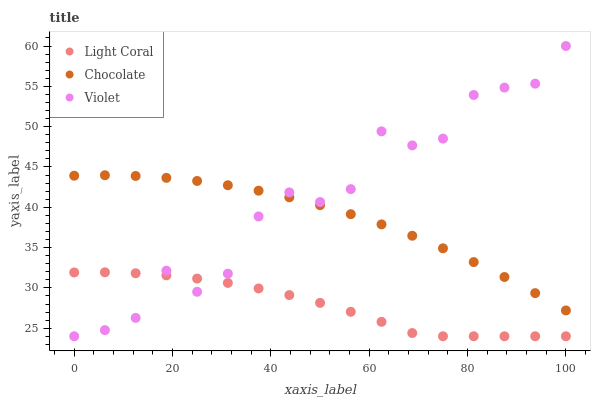
| xaxis_label | Light Coral | Chocolate | Violet |
 | --- | --- | --- | --- |
 | 0 | 31.9 | 43.9 | 24 |
 | 6.25 | 31.9 | 44 | 24.8 |
 | 12.5 | 31.8 | 43.9 | 26.3 |
 | 18.8 | 31.6 | 43.6 | 32.1 |
 | 25 | 31.2 | 43.3 | 29.5 |
 | 31.2 | 30.6 | 42.7 | 31.8 |
 | 37.5 | 29.9 | 42.1 | 38.9 |
 | 43.8 | 29.1 | 41.2 | 41.8 |
 | 50 | 28.1 | 40.3 | 40.6 |
 | 56.2 | 27 | 39.1 | 42.3 |
 | 62.5 | 25.8 | 37.9 | 49.4 |
 | 68.8 | 24.4 | 36.5 | 47.7 |
 | 75 | 24 | 34.9 | 48.5 |
 | 81.2 | 24 | 33.2 | 53.9 |
 | 87.5 | 24 | 31.3 | 54.8 |
 | 93.8 | 24 | 29.3 | 55.3 |
 | 100 | 24 | 27.2 | 60 |